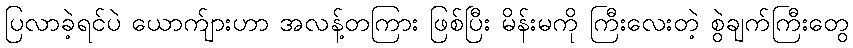
ပြလာခဲ့ရင်ပဲ ယောက်ျားဟာ အလန့်တကြား ဖြစ်ပြီး မိန်းမကို ကြီးလေးတဲ့ စွဲချက်ကြီးတွေ